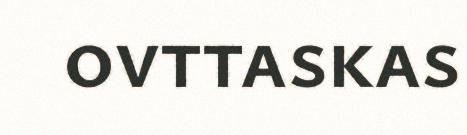
ovttaskas